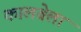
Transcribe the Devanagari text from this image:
कालबेला